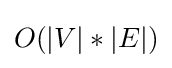
O(|V|*|E|)